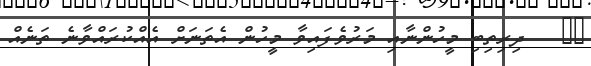
٢٦   ދިރިތިބި މީހުންނާއި މަރުވެފައިވާ މީހުން އެތަނަށް އެއްކުރައްވާނެ ތަނެއް